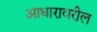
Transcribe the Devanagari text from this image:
आधारावरील